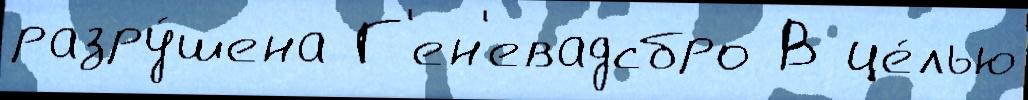
разру́шена Г'ен'евадсбро В це́лью